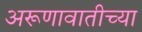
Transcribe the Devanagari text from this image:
अरूणावातीच्या